Report of an investigation into the causes of malaria in Bombay and the measures necessary for its control
Disease focus: Malaria
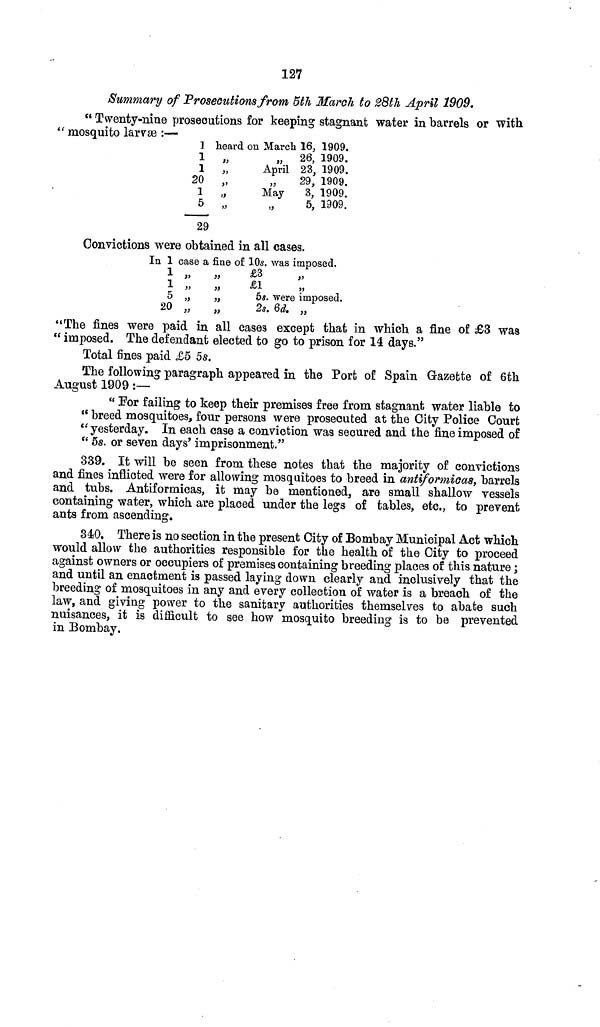
127
Summary of Prosecutions from 5th March to 28th April 1909,
" Twenty-nine prosecutions for keeping stagnant water in barrels or with
" mosquito larvae :—
]
1
1
20
1
5
29
heard on March
„
April
" "
"
May
" "
16, 1909.
26, 1909.
23, 1909.
29, 1909.
3, 1909.
5, 1909.
Convictions were obtained in all cases.
In 1 case a fine of 10s. was imposed.
1
1
5
20
"
"
"
"
"
"
"
£3
£1
58.
2s.
"
"
were imposed.
6d. „
"The fines were paid in all cases except that in which a fine of £3 was
" imposed. The defendant elected to go to prison for 14 days."
Total fines paid £5 5s.
The following paragraph appeared in the Port of Spain Gazette of 6th
August 1909 :—
" For failing to keep their premises free from stagnant water liable to
" breed mosquitoes, four persons were prosecuted at the City Police Court
"yesterday. In each case a conviction was secured and the fine imposed of
" 5s. or seven days' imprisonment."
339. It will be seen from these notes that the majority of convictions
and fines inflicted were for allowing mosquitoes to breed in antiformicas, barrels
and tubs. Antiformicas, it may be mentioned, are small shallow vessels
containing water, which are placed under the legs of tables, etc., to prevent
ants from ascending.
340. There is no section in the present City of Bombay Municipal Act which
would allow the authorities responsible for the health of the City to proceed
against owners or occupiers of premises containing breeding places of this nature;
and until an enactment is passed laying down clearly and inclusively that the
breeding of mosquitoes in any and every collection of water is a breach of the
law, and giving power to the sanitary authorities themselves to abate such
nuisances, it is difficult to see how mosquito breeding is to be prevented
in Bombay.